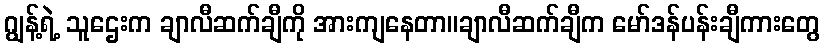
ဂျွန့်ရဲ့ သူဌေးက ချာလီဆက်ချီကို အားကျနေတာ။ချာလီဆက်ချီက မော်ဒန်ပန်းချီကားတွေ